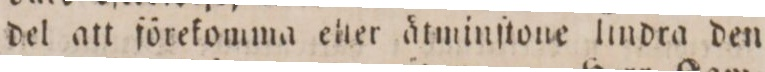
del att förekomma elter åtminſtone lindra den